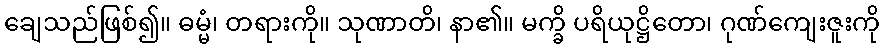
ချေသည်ဖြစ်၍။ ဓမ္မံ၊ တရားကို။ သုဏာတိ၊ နာ၏။ မက္ခိ ပရိယုဋ္ဌိတော၊ ဂုဏ်ကျေးဇူးကို